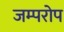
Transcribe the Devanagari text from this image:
जम्परोप